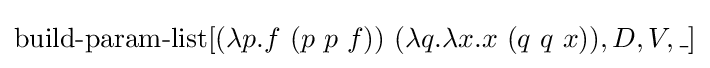
\operatorname {build-param-list} [(\lambda p.f\ (p\ p\ f))\ (\lambda q.\lambda x.x\ (q\ q\ x)),D,V,\_]